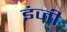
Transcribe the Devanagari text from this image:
इंजी